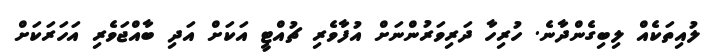
ލުއިތަކެއް ލިބިގެންދާނެ. ހުރިހާ ދަރިވަރުންނަށް އުފާވެރި ޗުއްޓީ އަކަށް އަދި ބާއްޖަވެރި އަހަރަކަށް